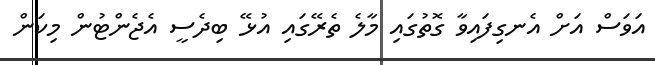
އަވަސް އަށް އެނގިފައިވާ ގޮތުގައި މާލެ ތެރޭގައި އުޅޭ ބިދެސީ އެޖެންޓުން މިކަން